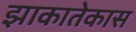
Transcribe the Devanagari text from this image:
झाकातेकास